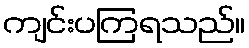
ကျင်းပကြရသည်။